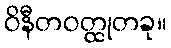
ဝိနီတဝတ္ထုတခု။